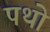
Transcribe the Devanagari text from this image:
पथो